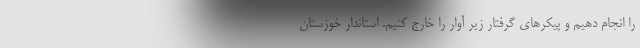
را انجام دهیم و پیکرهای گرفتار زیر آوار را خارج کنیم. استاندار خوزستان